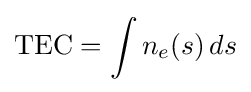
{\rm {TEC}}=\int n_{e}(s)\,ds